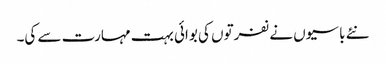
نئے باسیوں نے نفرتوں کی بوائی بہت مہارت سے کی۔